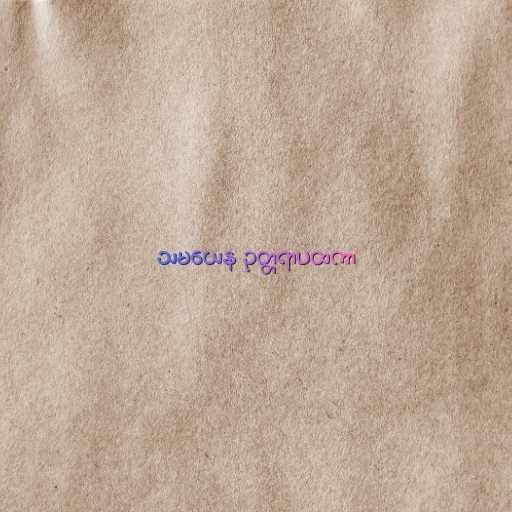
သမယေန ဥတ္တရာပထကာ